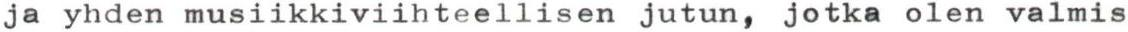
ja yhden musiikkiviihteellisen jutun, jotka olen valmis